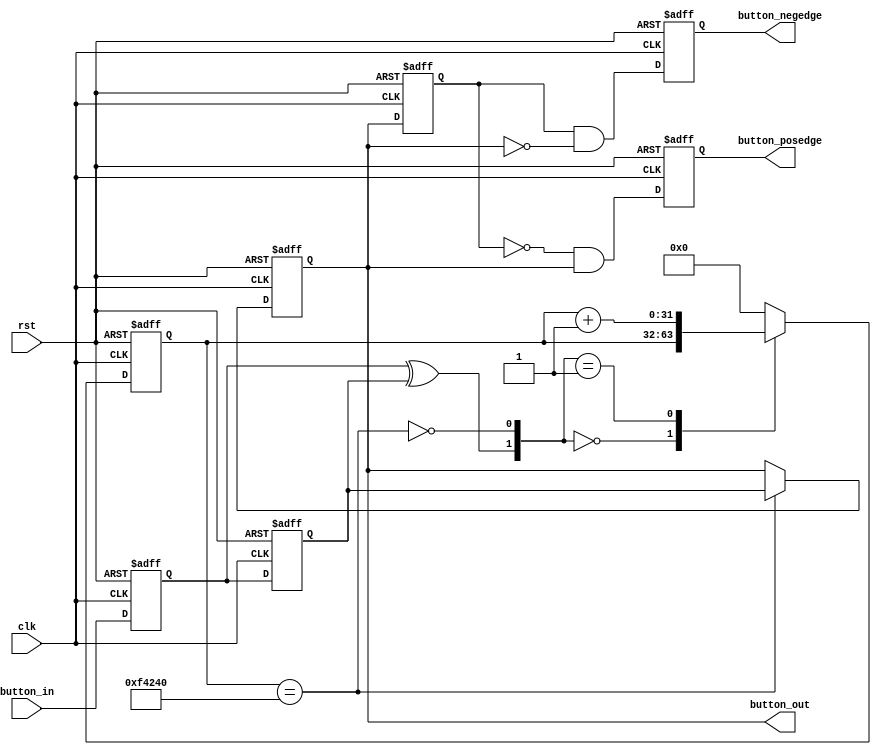
`timescale 1ns / 1ps
//////////////////////////////////////////////////////////////////////////////////
// Company: 
// Engineer: 
// 
// Design Name: 
// Module Name: ax_debounce
// Project Name: 
// Target Devices: 
// Tool Versions: 
// Description: 
// 
// Dependencies: 
// 
// Revision:
// Revision 0.01 - File Created
// Additional Comments:
// 
//////////////////////////////////////////////////////////////////////////////////


module ax_debounce(
 input       clk, 
input       rst, 
input       button_in,
output reg  button_posedge,
output reg  button_negedge,
output reg  button_out
);
//// ---------------- internal constants --------------
parameter N = 32 ;           // debounce timer bitwidth
parameter FREQ = 50;         //model clock :Mhz
parameter MAX_TIME = 20;     //ms
localparam TIMER_MAX_VAL =   MAX_TIME * 1000 * FREQ;
////---------------- internal variables ---------------
reg  [N-1 : 0]  q_reg;      // timing regs
reg  [N-1 : 0]  q_next;
reg DFF1, DFF2;             // input flip-flops
wire q_add;                 // control flags
wire q_reset;
reg button_out_d0;
//// ------------------------------------------------------

////contenious assignment for counter control
assign q_reset = (DFF1  ^ DFF2);          // xor input flip flops to look for level chage to reset counter
assign q_add = ~(q_reg == TIMER_MAX_VAL); // add to counter when q_reg msb is equal to 0

//// combo counter to manage q_next 
always @ ( q_reset, q_add, q_reg)
begin
case( {q_reset , q_add})
  2'b00 :
          q_next <= q_reg;
  2'b01 :
          q_next <= q_reg + 1;
  default :
          q_next <= { N {1'b0} };
endcase     
end

//// Flip flop inputs and q_reg update
always @ ( posedge clk or posedge rst)
begin
if(rst == 1'b1)
begin
  DFF1 <= 1'b0;
  DFF2 <= 1'b0;
  q_reg <= { N {1'b0} };
end
else
begin
  DFF1 <= button_in;
  DFF2 <= DFF1;
  q_reg <= q_next;
end
end

//// counter control
always @ ( posedge clk or posedge rst)
begin
if(rst == 1'b1)
  button_out <= 1'b1;
else if(q_reg == TIMER_MAX_VAL)
  button_out <= DFF2;
else
  button_out <= button_out;
end

always @ ( posedge clk or posedge rst)
begin
if(rst == 1'b1)
begin
  button_out_d0 <= 1'b1;
  button_posedge <= 1'b0;
  button_negedge <= 1'b0;
end
else
begin
  button_out_d0 <= button_out;
  button_posedge <= ~button_out_d0 & button_out;
  button_negedge <= button_out_d0 & ~button_out;
end    
end
endmodule